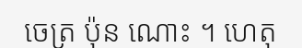
ចេត្រ ប៉ុន ណោះ ។ ហេតុ